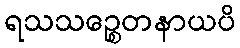
ရသသဉ္စေတနာယပိ